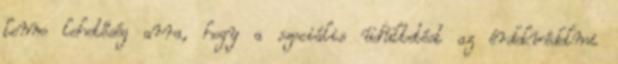
lenne lehetőség arra, hogy a szociális üdültetést az érdekvédelmi